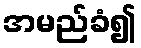
အမည်ခံ၍